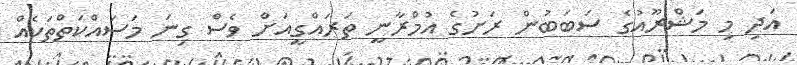
އަދި މި މަޝްރޫއުގެ ސަބަބުން ރަށުގެ އުމްރާނީ ތަރައްގީއަށް ވެސް ގިނަ މަސައްކަތްތަކެއް